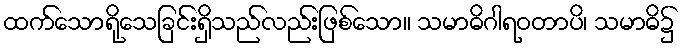
ထက်သောရိုသေခြင်းရှိသည်လည်းဖြစ်သော။ သမာဓိဂါရဝတာပိ၊ သမာဓိ၌